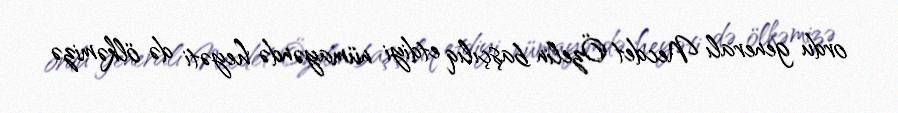
ordu generalı Necdet Özelin başçılıq etdiyi nümayəndə heyəti də ölkəmizə